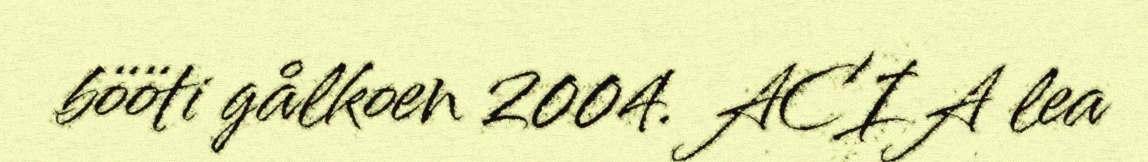
bööti gålkoen 2004. ACIA lea